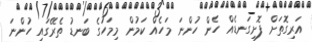
އަރިގޮތަށް ފޮށިގަނޑެއް ހެން ހުންނަ މަހެއް ކަމުން މިމަހުގެ ބަނޑު ތެރޭގައި ހުންނަ